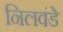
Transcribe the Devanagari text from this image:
निलवंडे